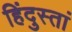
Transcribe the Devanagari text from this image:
हिंदुस्तां